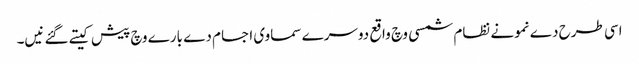
اسی طرح دے نمونے نظام شمسی وچ واقع دوسرے سماوی اجسام دے بارے وچ پیش کیتے گئے نیں۔